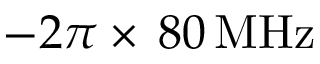
- 2 \pi \times \, 8 0 \, \mathrm { M H z }